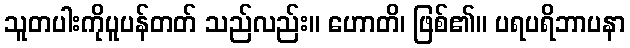
သူတပါးကိုပူပန်တတ် သည်လည်း။ ဟောတိ၊ ဖြစ်၏။ ပရပရိဘာပနာ